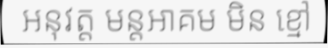
អនុវត្ត មន្តអាគម មិន ខ្មៅ